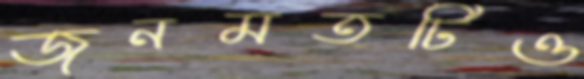
জনমতটিও